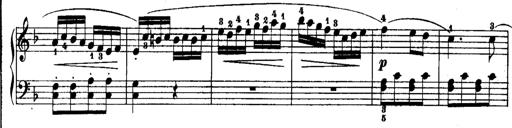
Title: Rondos and Sonatinas for Pianoforte
Composer: Daniel Steibelt